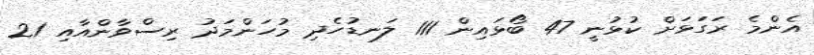
އެންމެ ރަގަޅަށް ކުޅުނީ 47 ބޯޅައިން 111 ލަނޑުހެދި މުހަންމަދު ރިސްވާންއާއި 21